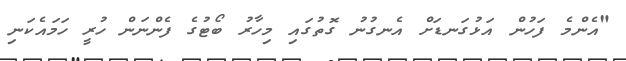
"އެންމެ ފަހުން އަޅުގަނޑަށް އެނގުނު ގޮތުގައި މިހާރު ބޯޓުގެ ފެންނަން ހުރީ ހަމައެކަނި